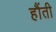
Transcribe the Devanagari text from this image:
हौंती